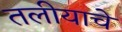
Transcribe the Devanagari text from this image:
तलीयाचे